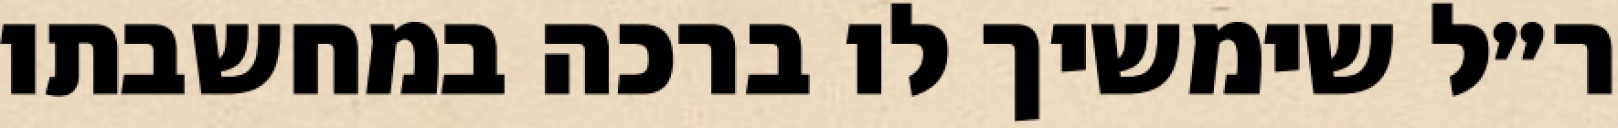
ר״ל שימשיך לו ברכה במחשבתו